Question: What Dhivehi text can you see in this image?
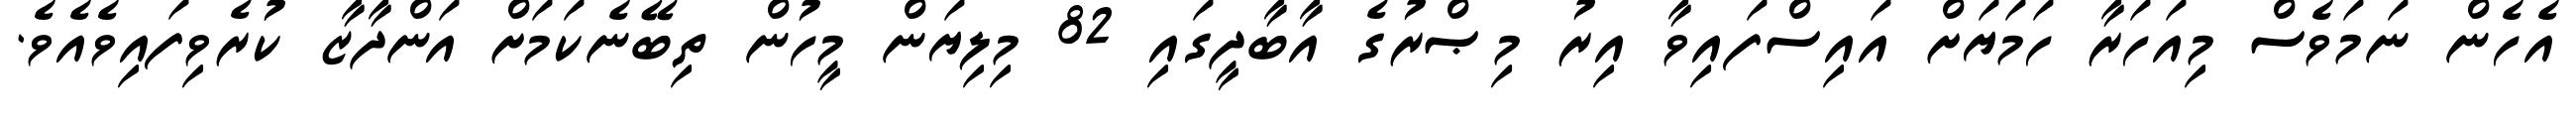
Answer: އެހެން ނަމަވެސް މިއަހަރާ ހަމަޔަށް އައިސްފައިވާ އިރު މިޞްރުގެ އާބާދީގައި 82 މިލިޔަން މީހުން ތިބޭނެކަމަށް އަންދާޒާ ކުރެވިފައިވެއެވެ.